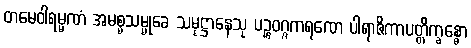
တမေဝါရမ္မဏံ အမစ္စသမ္မုခေ သမုဋ္ဌာနေသု ပဉ္စဝဂ္ဂကရဏေ ပါရာဇိကာပတ္တိက္ခန္ဓော